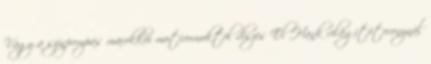
Vagy a színpompás marokkói motívumoktól díszes El Hank világítótoronynál